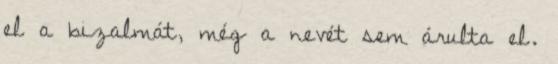
el a bizalmát, még a nevét sem árulta el.